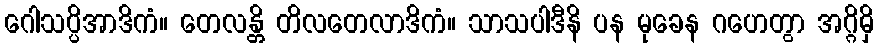
ဂေါသပ္ပိအာဒိကံ။ တေလန္တိ တိလတေလာဒိကံ။ သာသပါဒီနိ ပန မုခေန ဂဟေတွာ အဂ္ဂိမှိ